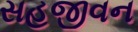
સહજીવન